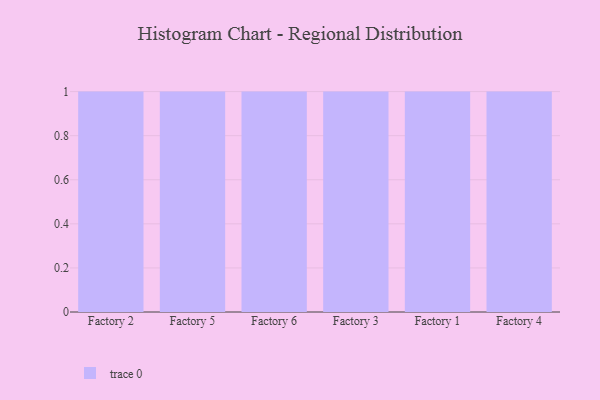
{"axis": {"x": "Factory", "y": "Churn Rate (%)"}, "legend": [""], "data": [{"x": "Factory 2", "y": 77, "type": ""}, {"x": "Factory 5", "y": 31, "type": ""}, {"x": "Factory 6", "y": 9, "type": ""}, {"x": "Factory 3", "y": 61, "type": ""}, {"x": "Factory 1", "y": 82, "type": ""}, {"x": "Factory 4", "y": 85, "type": ""}]}